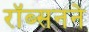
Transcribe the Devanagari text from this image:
रॉब्सनने